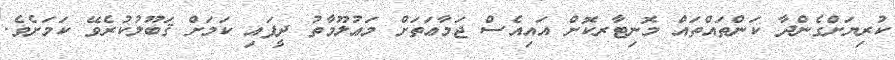
ކުރިޔަށްގެންދާ ކަންތައްތައް މޮނިޓާރކޮށް އައިއެސް ޖަމާޢަތަށް މަޢުލޫމާތު ދީފައި ކަމަށް ޤަބޫލުކުރެވޭ ކަމަށެވެ.